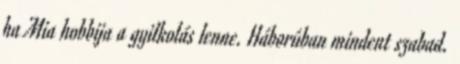
ha Mia hobbija a gyilkolás lenne. Háborúban mindent szabad.